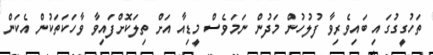
ތަހުގީގުގައި ބައިވެރިވާ ފުލުހުން މަދުން ނަމަވެސް މީޑިއާ އަށް ތިލަކޮށްފައިވާ ވާހަކަތަކުން އެކަން